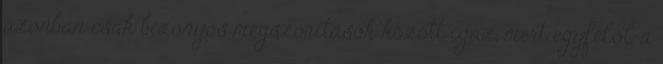
azonban csak bizonyos megszorítások között igaz, mert egyfelől a